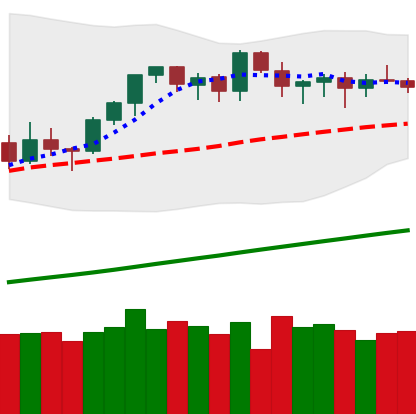
Ticker: ETH-USD
Chart end date: 2021-03-21
Forward return: -4.774%
Label: down_3_5